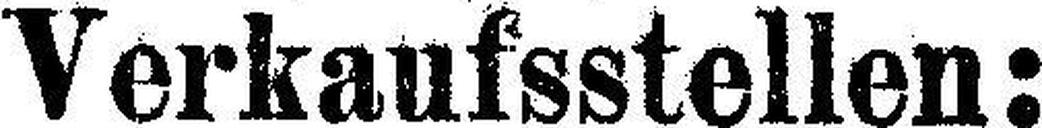
Verkaufsstellen: